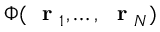
\Phi ( \mathrm { ~ \bf ~ r ~ } _ { 1 } , \dots , \mathrm { ~ \bf ~ r ~ } _ { N } )